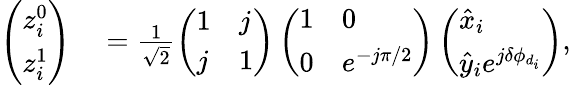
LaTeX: \begin{array}{rl}{\left(\begin{array}{l}{z_{i}^{0}}\\ {z_{i}^{1}}\end{array}\right)}&{{}=\frac{1}{\sqrt{2}}\left(\begin{array}{ll}{1}&{j}\\ {j}&{1}\end{array}\right)\left(\begin{array}{ll}{1}&{0}\\ {0}&{e^{-j\pi/2}}\end{array}\right)\left(\begin{array}{l}{\hat{x}_{i}}\\ {\hat{y}_{i}e^{j\delta\phi_{d_{i}}}}\end{array}\right)}\end{array},